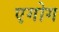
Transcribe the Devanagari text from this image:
एगोग